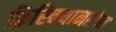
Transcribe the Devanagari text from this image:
क्रिस्चियानसेन